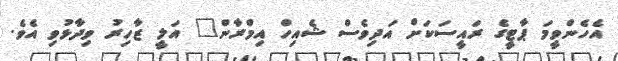
އެހެންވީމަ ޕާޓީގެ ރައީސަކަށް އަދިވެސް ޝެއިހް އިމްރާން" އަލީ ޒާހިރު ވިދާޅުވި އެވެ.